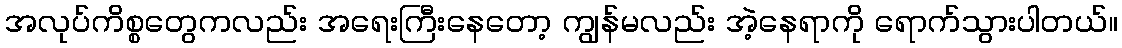
အလုပ်ကိစ္စတွေကလည်း အရေးကြီးနေတော့ ကျွန်မလည်း အဲ့နေရာကို ရောက်သွားပါတယ်။